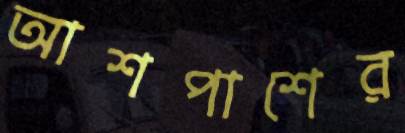
আশপাশের